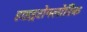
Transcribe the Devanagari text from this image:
हाइड्ररोफ्लोरिक